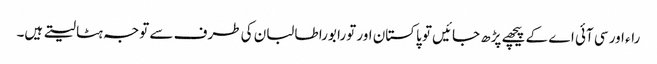
راء اور سی آئی اے کے پیچھے پڑھ جائیں تو پاکستان اور تورا بورا طالبان کی طرف سے توجہ ہٹا لیتے ہیں۔